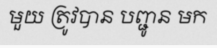
មួយ ត្រូវបាន បញ្ជូន មក